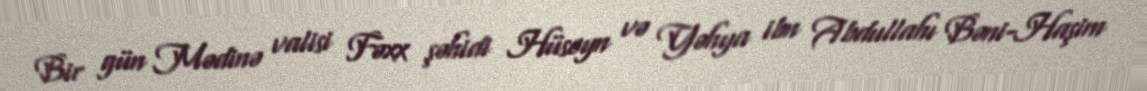
Bir gün Mədinə valisi Fəxx şəhidi Hüseyn və Yəhya ibn Abdullahı Bəni-Haşim